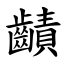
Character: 䶦